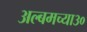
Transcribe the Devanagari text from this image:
अल्बमच्या३०